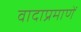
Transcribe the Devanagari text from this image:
वादाप्रमाणें